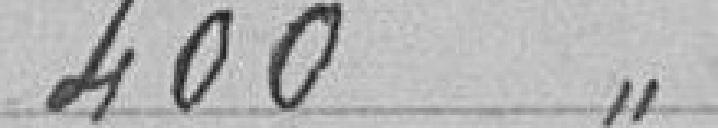
400 "